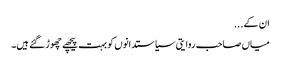
ان کے...
میاں صاحب روایتی سیاستدانوں کو بہت پیچھے چھوڑ گئے ہیں۔